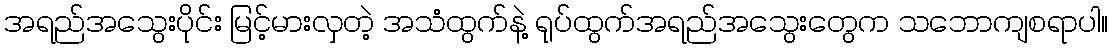
အရည်အသွေးပိုင်း မြင့်မားလှတဲ့ အသံထွက်နဲ့ ရုပ်ထွက်အရည်အသွေးတွေက သဘောကျစရာပါ။